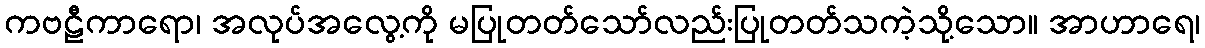
ကဗဠီကာရော၊ အလုပ်အလွေ့ကို မပြုတတ်သော်လည်းပြုတတ်သကဲ့သို့သော။ အာဟာရေ၊